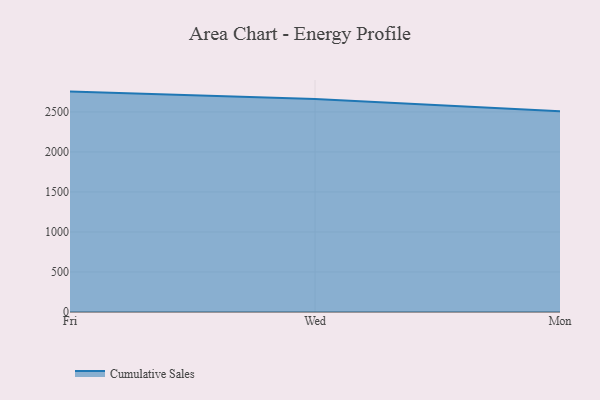
{"axis": {"x": "Day", "y": "Temperature (°C)"}, "legend": ["Cumulative Sales"], "data": [{"x": "Fri", "y": 2754.0, "type": "Cumulative Sales"}, {"x": "Wed", "y": 2662.6, "type": "Cumulative Sales"}, {"x": "Mon", "y": 2508.6, "type": "Cumulative Sales"}]}